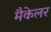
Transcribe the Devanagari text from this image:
मैकेलर